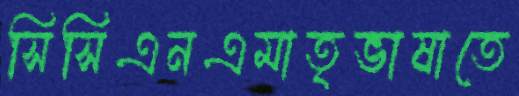
সিসিএনএমাতৃভাষাতে